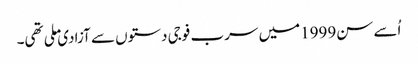
اُسے سن1999میں سرب فوجی دستوں سے آزادی ملی تھی۔